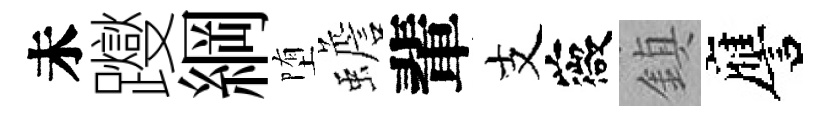
未躞綱堕蟾輩支薇鎮譍